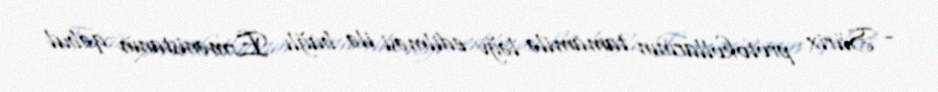
- Sürix protokollarının tamamilə ləğv edilməsi ilə bağlı Ermənistanın qəbul